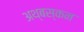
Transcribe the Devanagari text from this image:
अथ्बस्कन